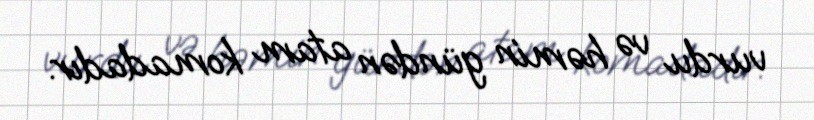
vurdu və həmin gündən atam komadadır.